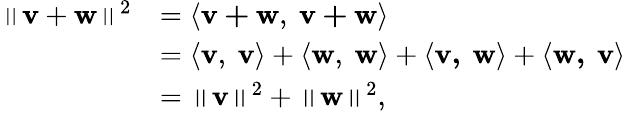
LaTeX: {\begin{array}{rl}{\left\| \mathbf{v}+\mathbf{w}\right\| ^{2}}&{=\langle\mathbf{v+w},\ \mathbf{v+w}\rangle}\\ &{=\langle\mathbf{v},\ \mathbf{v}\rangle+\langle\mathbf{w},\ \mathbf{w}\rangle+\langle\mathbf{v,\ w}\rangle+\langle\mathbf{w,\ v}\rangle}\\ &{=\left\| \mathbf{v}\right\| ^{2}+\left\| \mathbf{w}\right\| ^{2},}\end{array}}